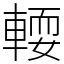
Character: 𨍥